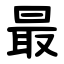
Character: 最